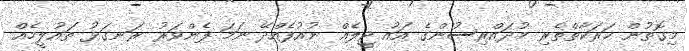
މިގޮތުން ހަރަކާތްތެރި މުދައްރިސުންގެ އައު ޖީލެއް ނުއުފެއްދޭ ނަމަ ފެންވަރު ރަނގަޅު ތައުލީމެއް